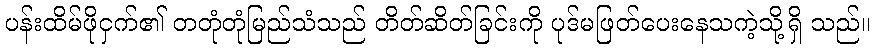
ပန်းထိမ်ဖိုငှက်၏ တတုံတုံမြည်သံသည် တိတ်ဆိတ်ခြင်းကို ပုဒ်မဖြတ်ပေးနေသကဲ့သို့ရှိ သည်။